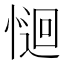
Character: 𭝽